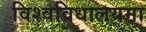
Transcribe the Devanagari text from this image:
विश्वविधालयमा